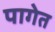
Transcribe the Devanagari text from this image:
पागेत